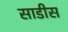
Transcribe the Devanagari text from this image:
साडीस